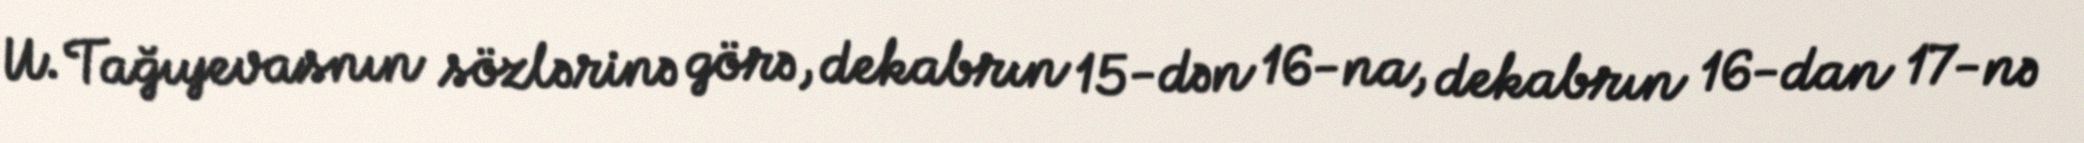
U. Tağıyevasnın sözlərinə görə, dekabrın 15-dən 16-na, dekabrın 16-dan 17-nə